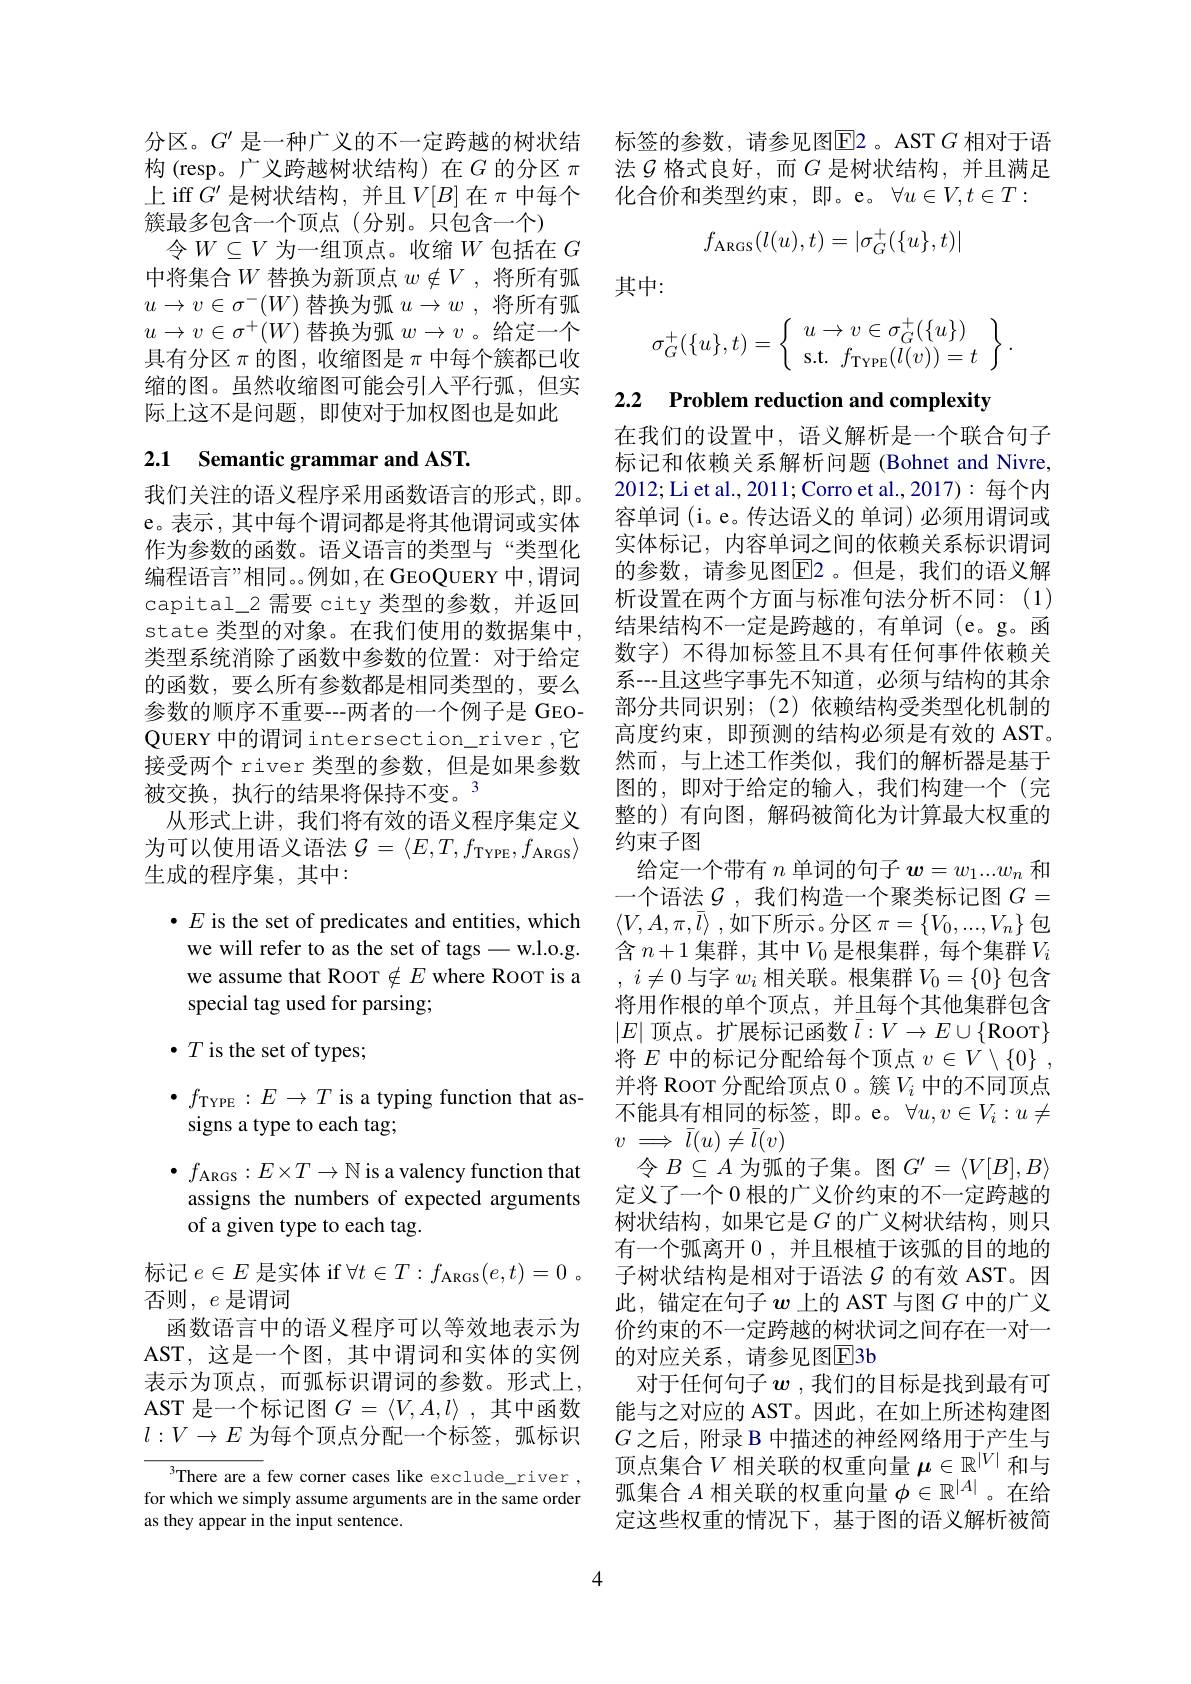
簇最多包含一个顶点(分别。只包含一个)
令$W\subseteq V$为一组顶点。收缩$W$包括在$G$ 中将集合$W$ 替换为新顶点 $w\notin V$ ,将所有弧$u\to v\in\sigma^-(W)$替换为弧$u\to w$ ,将所有弧$u\to v\in\sigma^+(W)$替换为弧$w\to v$ 。给定一个具有分区$\pi$的图 , 收缩图是$\pi$中每个簇都已收缩的图。虽然收缩图可能会引入平行弧，但实际上这不是问题，即使对于加权图也是如此

# 2.1 Semantic grammar and AST.

我们关注的语义程序采用函数语言的形式，即。e。表示，其中每个谓词都是将其他谓词或实体作为参数的函数。语义语言的类型与“类型化编程语言”相同。。例如，在 GEOQUERY 中，谓词capital\_2 需要 city 类型的参数，并返回state 类型的对象。在我们使用的数据集中， 类型系统消除了函数中参数的位置：对于给定的函数，要么所有参数都是相同类型的，要么参数的顺序不重要--两者的一个例子是 GEOQUERY 中的谓词 intersection\_river ,它接受两个 river 类型的参数，但是如果参数被交换，执行的结果将保持不变。3
从形式上讲，我们将有效的语义程序集定义为可以使用语义语法$\mathcal{G} = \langle E, T, f_\mathrm{TYPE}, f_\mathrm{ARGS}\rangle$ 生成的程序集，其中：

$\bullet E$ is the set of predicates and entities, which

we will refer to as the set of tags-w.l.o.g.

we assume that RooT $\notin E$ where RooT is a

special tag used for parsing;

$\bullet T$ is the set of types;

$\bullet f_{\mathrm{TYPE}}:E\to T$ is a typing function that as-

signs a type to each tag;

$\bullet$ $f_{\mathrm{ARGS}}: E\times T\to \mathbb{N}$ is a valency function that

assigns the numbers of expected arguments

of a given type to each tag.

标记$e\in E$是实体 if $\forall t\in T: f_\mathrm{ARGS}( e, t) = 0$ 。

否则$,e$ 是谓词

函数语言中的语义程序可以等效地表示为

AST, 这是一个图，其中谓词和实体的实例

表示为顶点，而弧标识谓词的参数。形式上，

AST 是一个标记图$G=\langle V,A,l\rangle$ ,其中函数

$l:V\to E$为每个顶点分配一个标签，弧标识

There are a few corner cases like exclude\_river , for which we simply assume arguments are in the same order as they appear in the input sentence.

分区。$G^{\prime}$ 是一种广义的不一定跨越的树状结 标签的参数，请参见图$\overline{\mathrm{E}}$2。AST$G$ 相对于语构(resp。广义跨越树状结构)在$G$ 的分区 $\pi$ 法$\mathcal{G}$ 格式良好，而$G$ 是树状结构，并且满足上 iff $G^\prime$是树状结构，并且$V[B]$在$\pi$中每个 化合价和类型约束，即。e。$\forall u\in V,t\in T:$
$$f_{\text{ARGS}}(l(u),t)=|\sigma_{G}^{+}(\{u\},t)|$$
其中：
$$\sigma_G^+(\{u\},t)=\left\{\begin{array}{l}u\to v\in\sigma_G^+(\{u\})\\\mathrm{s.t.}\:f_{\mathrm{TYPE}}(l(v))=t\end{array}\right\}.$$
2.2 Problem reduction and complexity

在我们的设置中，语义解析是一个联合句子标记和依赖关系解析问题 (Bohnet and Nivre, 2012;Li et al., 2011; Corro et al., 2017): 每个内容单词 (i。e。传达语义的 单词) 必须用谓词或实体标记，内容单词之间的依赖关系标识谓词的参数，请参见图$\boxed{\mathrm{F}}2$。但是，我们的语义解析设置在两个方面与标准句法分析不同：(1) 结果结构不一定是跨越的，有单词(e。g。函数字)不得加标签且不具有任何事件依赖关系--且这些字事先不知道，必须与结构的其余部分共同识别；(2)依赖结构受类型化机制的高度约束，即预测的结构必须是有效的 AST。然而，与上述工作类似，我们的解析器是基于图的，即对于给定的输入，我们构建一个(完整的) 有向图，解码被简化为计算最大权重的约束子图
给定一个带有$n$单词的句子$w=w_1...w_n$和一个语法$\mathcal{G}$ ,我们构造一个聚类标记图$G=$ $\langle V, A, \pi , \overline {l}\rangle$ ,如下所示。分区 $\pi=\{V_0,...,V_n\}$ 包含$n+1$集群，其中$V_0$是根集群，每个集群$V_i$ , $i\neq 0$与字$w_i$相关联。根集群$V_0=\{0\}$包含将用作根的单个顶点，并且每个其他集群包含$|E|$顶点。扩展标记函数$\bar{l}:V\to E\cup\{$Roor$\}$ 将$E$中的标记分配给每个顶点$v\in V\setminus \{ 0\}$ , 并将 Roor 分配给顶点 0 。簇$V_i$中的不同顶点不能具有相同的标签，即。e。$\forall u,v\in V_i:u\neq$ $v\implies\bar{l}(u)\neq\bar{l}(v)$
令$B\subseteq A$为弧的子集。图$G^\prime=\langle V[B],B\rangle$ 定义了一个 0 根的广义价约束的不一定跨越的树状结构，如果它是$G$的广义树状结构，则只有一个弧离开 0 , 并且根植于该弧的目的地的子树状结构是相对于语法$\mathcal{G}$的有效 AST。因此，锚定在句子$w$上的 AST 与图$G$中的广义价约束的不一定跨越的树状词之间存在一对一的对应关系，请参见图E3b
对于任何句子$\boldsymbol{w}$ ,我们的目标是找到最有可能与之对应的 AST。因此，在如上所述构建图$G$之后，附录 B 中描述的神经网络用于产生与顶点集合$V$相关联的权重向量$\mu\in\mathbb{R}^|V|$和与弧集合$A$相关联的权重向量$\phi\in\mathbb{R}^|A|$ 。在给定这些权重的情况下，基于图的语义解析被简

4